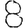
Digit: 8